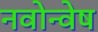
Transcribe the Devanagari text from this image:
नवोन्वेष